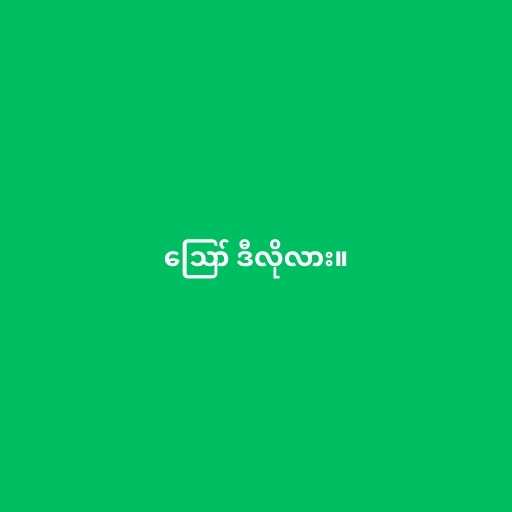
ဪ ဒီလိုလား။